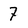
Character: 7